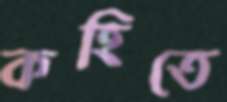
কহিতে